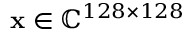
\mathbf { x } \in \mathbb { C } ^ { 1 2 8 \times 1 2 8 }